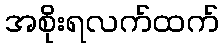
အစိုးရလက်ထက်